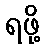
ရဖို့